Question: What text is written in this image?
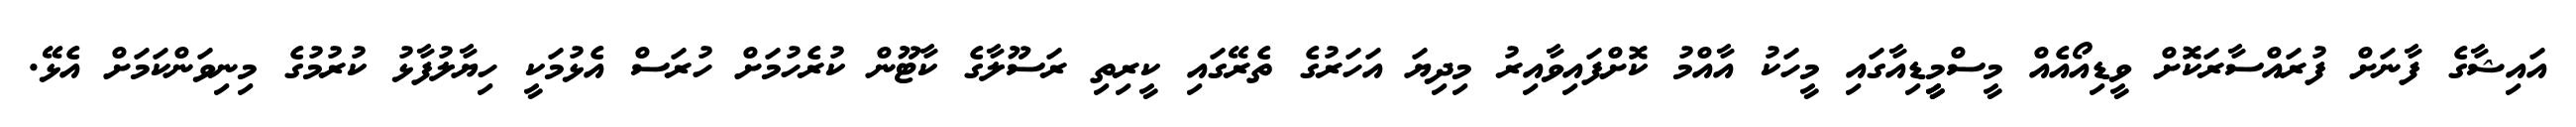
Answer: އައިޝާގެ ފާނަށް ފުރައްސާރަކޮށް ވީޑިއޯއެއް މީސްމީީޑިއާގައި މީހަކު އާއްމު ކޮށްފައިވާއިރު މިދިޔަ އަހަރުގެ ތެރޭގައި ކީރިތި ރަސޫލާގެ ކާޓޫން ކުރެހުމަށް ހުރަސް އެޅުމަކީ ހިޔާލުފާޅު ކުރުމުގެ މިނިވަންކަމަށް އެޅޭ.